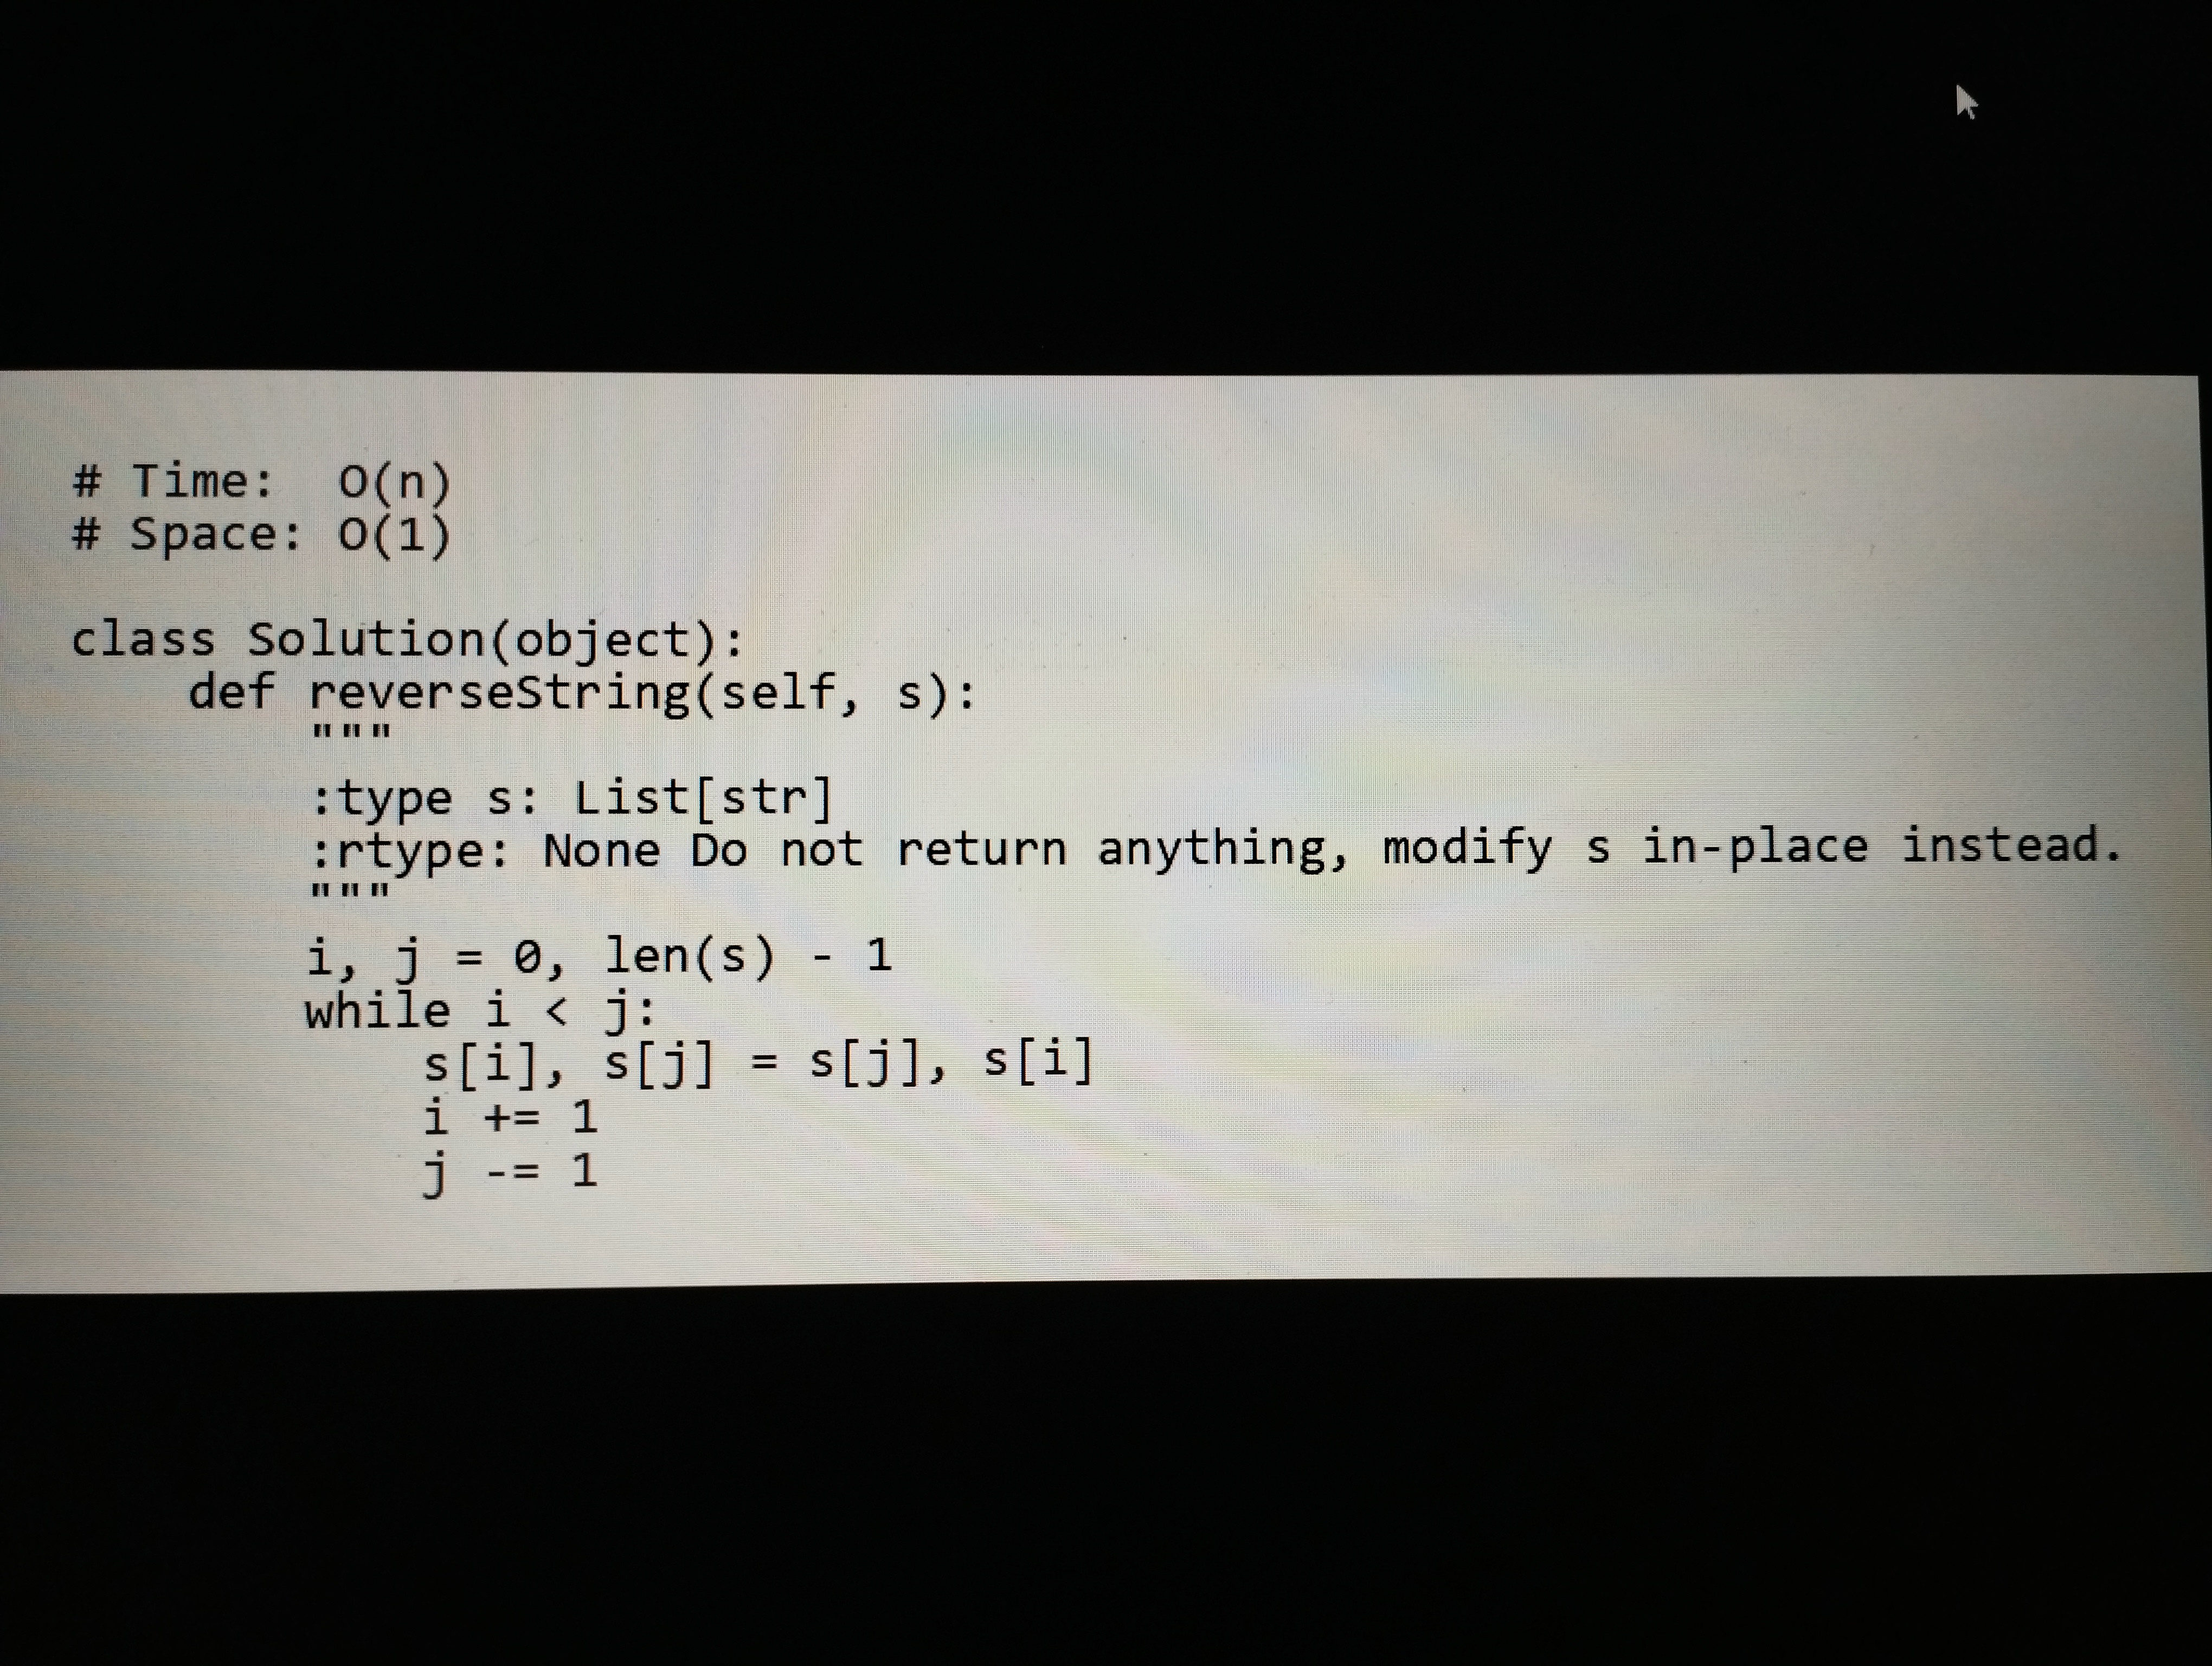
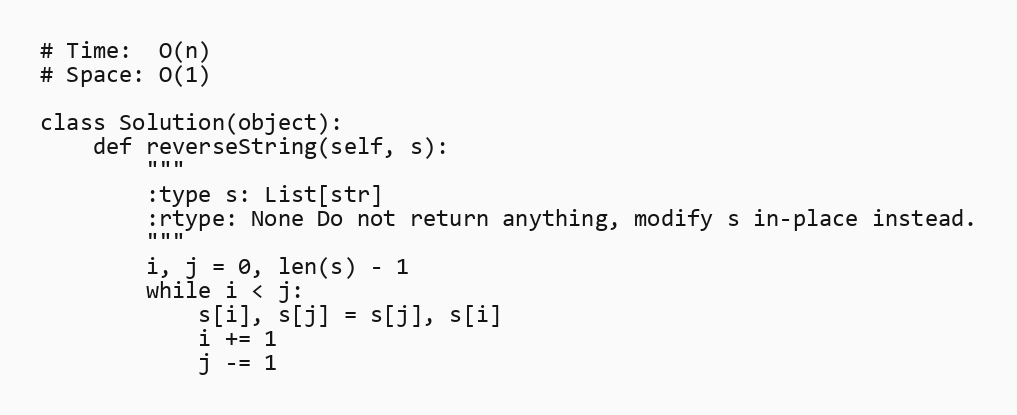
# Time:  O(n)
# Space: O(1)

class Solution(object):
    def reverseString(self, s):
        """
        :type s: List[str]
        :rtype: None Do not return anything, modify s in-place instead.
        """
        i, j = 0, len(s) - 1
        while i < j:
            s[i], s[j] = s[j], s[i]
            i += 1
            j -= 1